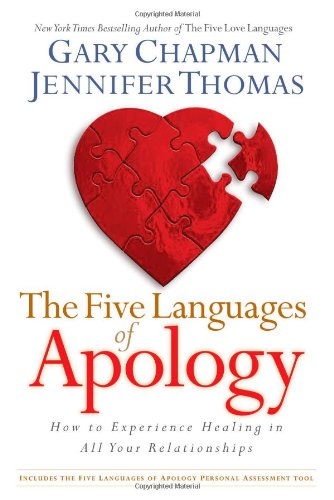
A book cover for The Five Languages of Apology: How to Experience Healing in All Your Relationships; Gary D Chapman; Parenting & Relationships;